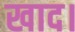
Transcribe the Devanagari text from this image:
खाद।